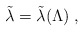
\begin{align*}\tilde\lambda=\tilde\lambda(\Lambda) \;,\end{align*}